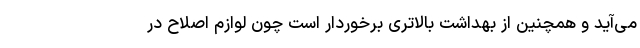
می‌آید و همچنین از بهداشت بالاتری برخوردار است چون لوازم اصلاح در